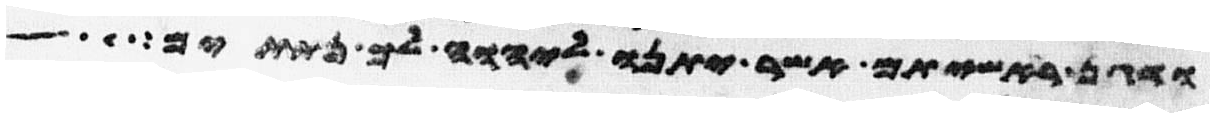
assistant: ודגן ראשיתם אשר יתנו ליהוה לך נתתים